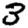
Digit: 3